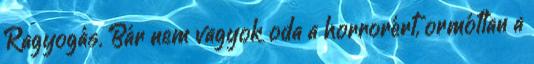
Ragyogás. Bár nem vagyok oda a horrorért, ormótlan a